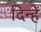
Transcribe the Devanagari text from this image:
दिन्हें